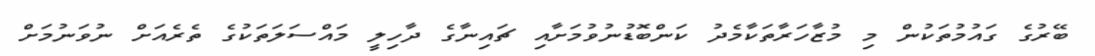
ބޭރުގެ ގައުމުތަކުން މި މުޒާހަރާތަކާމެދު ކަންބޮޑުނުވުމަށާއި ޗައިނާގެ ދާހިލީ މައްސަލަތަކުގެ ތެރެއަށް ނުވަނުމަށް